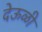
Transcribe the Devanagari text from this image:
देऊळी